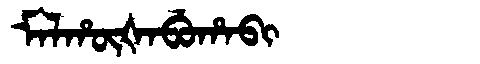
Manchu: ᠮᠠᠯᡥᡡᡧᠠᠪᡠᡥᠠᠪᡳ
Romanization: MALHŪŠABUHABI